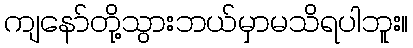
ကျနော်တို့သွားဘယ်မှာမသိရပါဘူး။